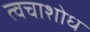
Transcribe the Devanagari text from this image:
त्वचाशोध